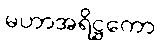
မဟာအရိဋ္ဌကော